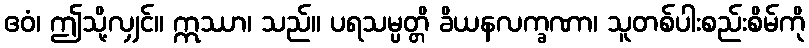
ဧဝံ၊ ဤသို့လျှင်။ ဣဿာ၊ သည်။ ပရသမ္ပတ္တိ ခိယနလက္ခဏာ၊ သူတစ်ပါးစည်းစိမ်ကို